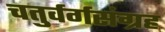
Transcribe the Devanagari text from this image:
चतुर्वर्गसंग्रह